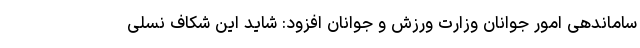
ساماندهی امور جوانان وزارت ورزش و جوانان افزود: شاید این شکاف نسلی